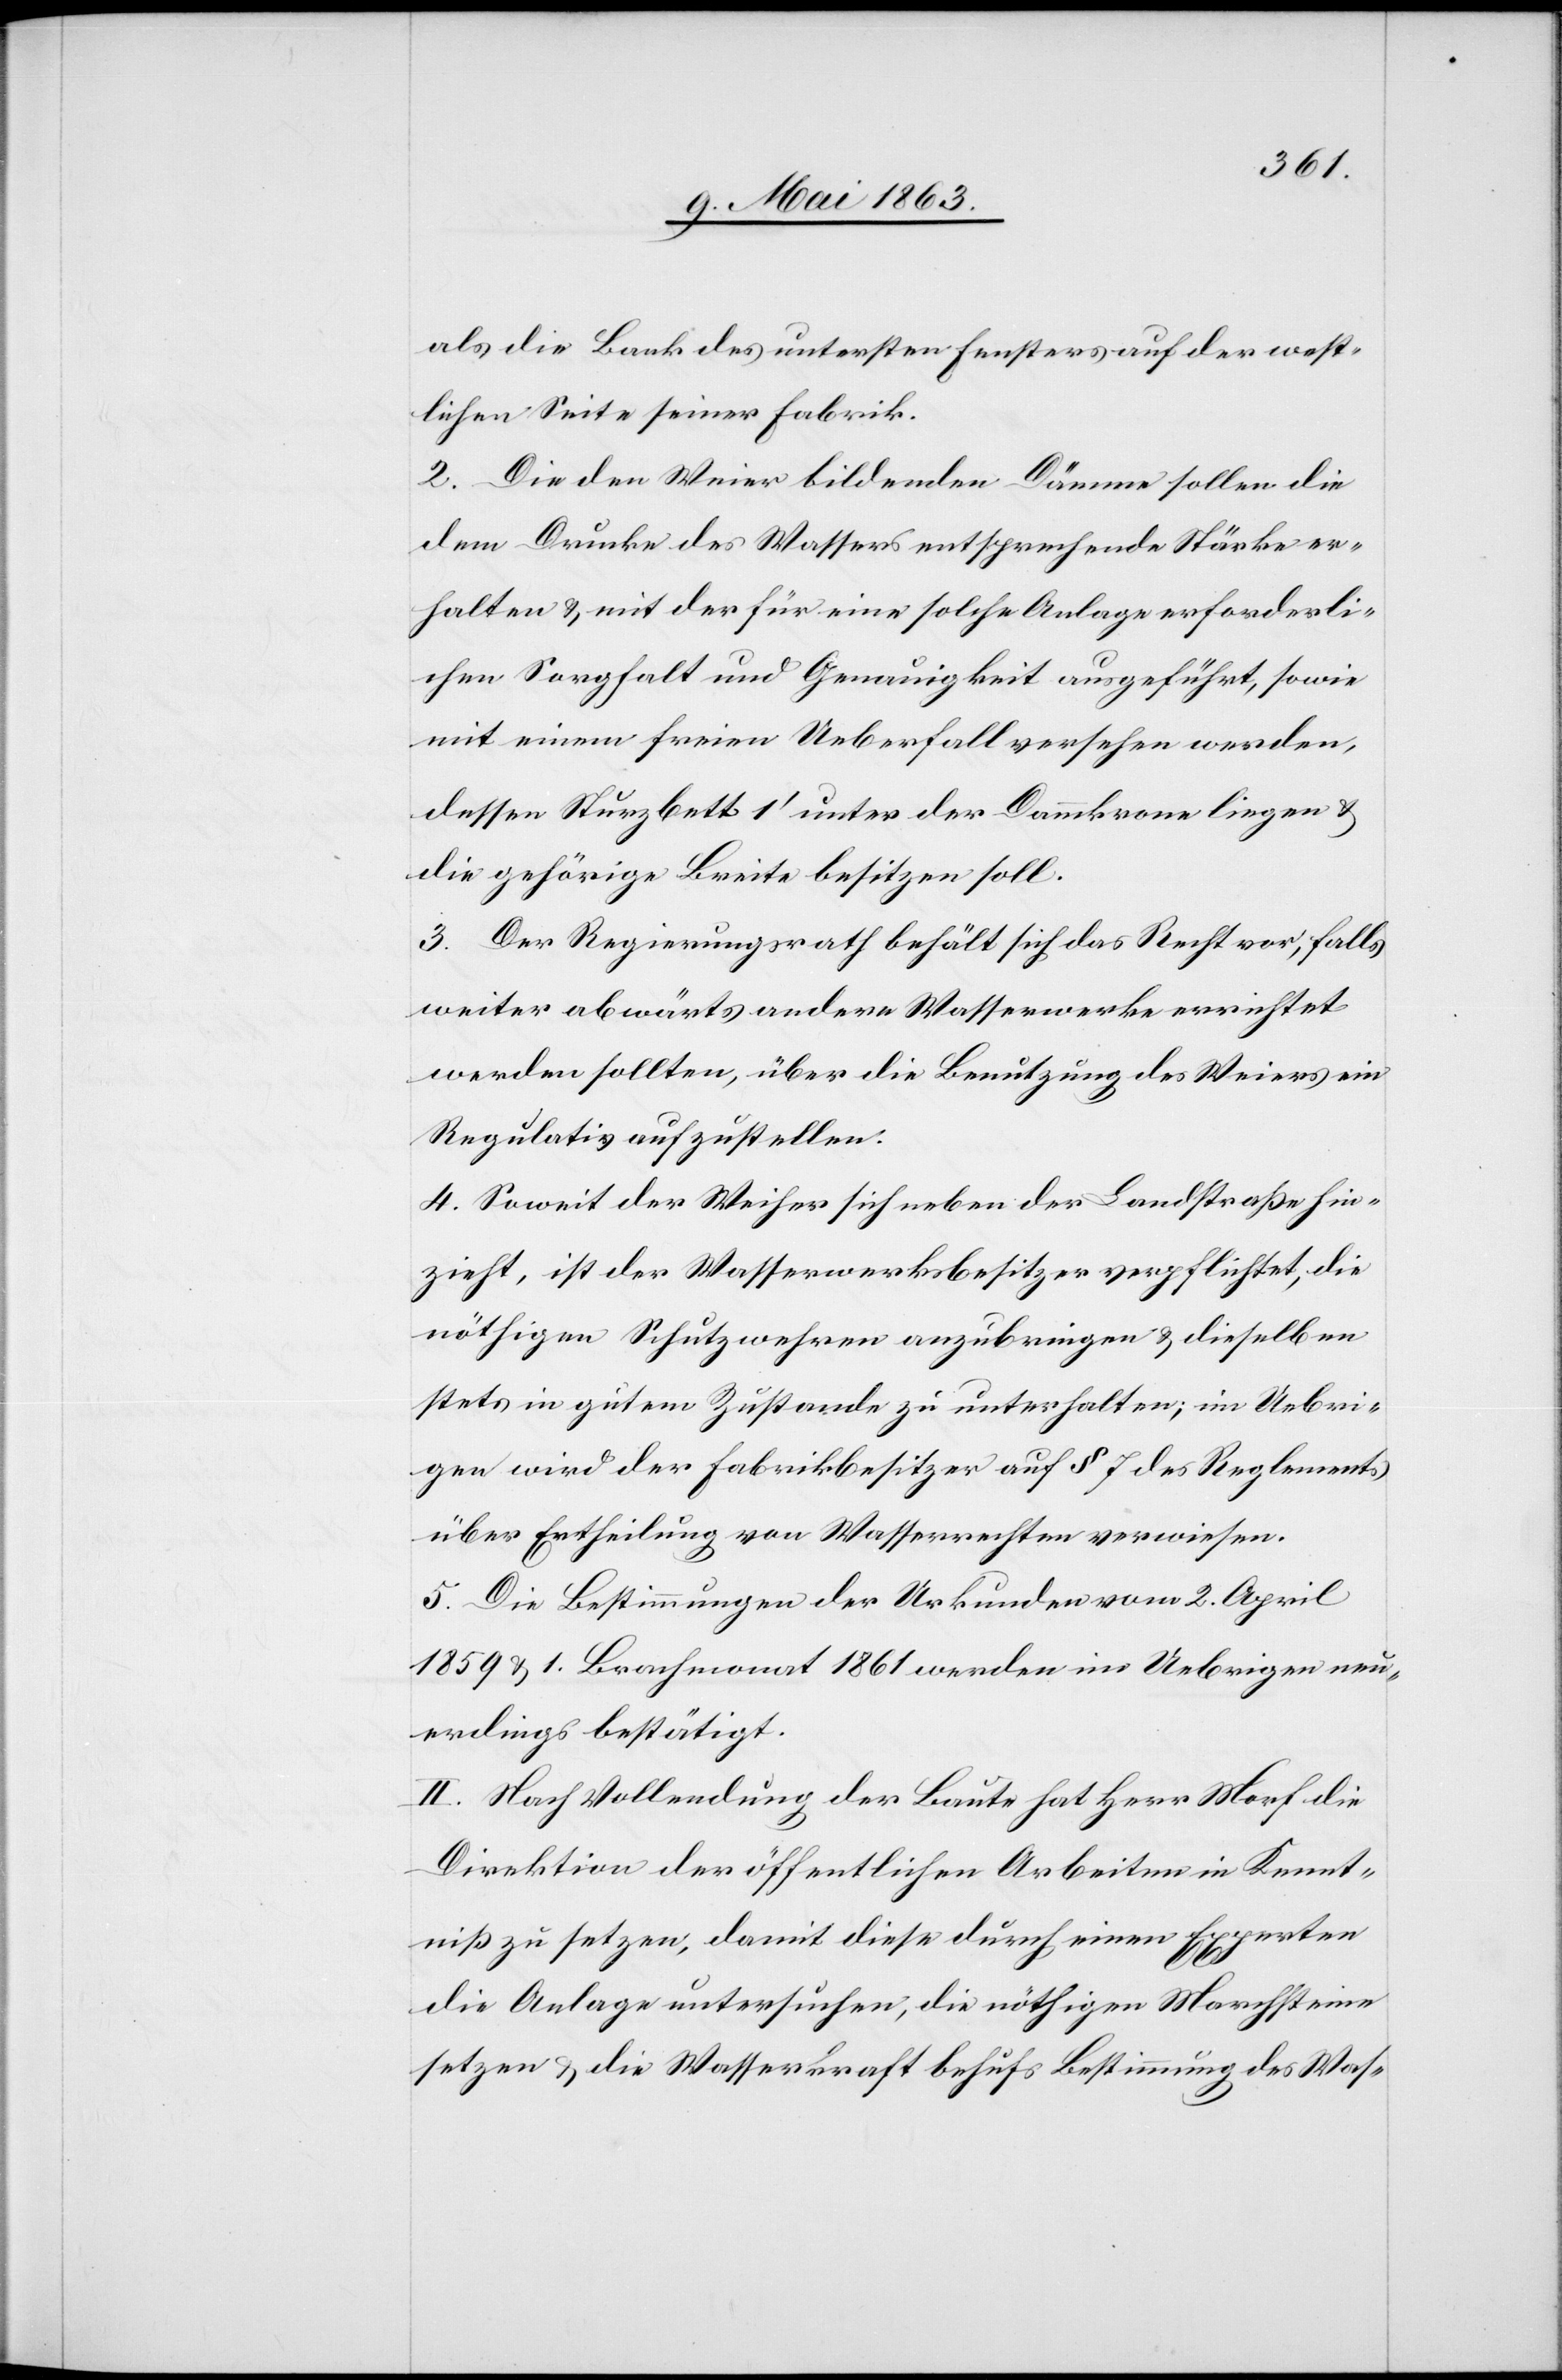
als die Bank des untersten Fensters auf der west¬
lichen Seite seiner Fabrik.
2. Die den Weier bildenden Dämme sollen die
dem Drucke des Wassers entsprechende Stärke er¬
halten & mit der für eine solche Anlage erforderli¬
chen Sorgfalt und Genauigkeit ausgeführt, sowie
mit einem freien Ueberfall versehen werden,
dessen Sturzbett 1' unter der Dammkrone liegen &
die gehörige Breite besitzen soll.
3. Der Regierungsrath behält sich das Recht vor, falls
weiter abwärts andere Wasserwerke errichtet
werden sollten, über die Benutzung des Weiers ein
Regulativ aufzustellen.
4. Soweit der Weiher sich neben der Landstraße hin¬
zieht, ist der Wasserwerksbesitzer verpflichtet, die
nöthigen Schutzwehren anzubringen & dieselben
stets in gutem Zustande zu unterhalten; im Uebri¬
gen wird der Fabrikbesitzer auf § 7 des Reglements
über Ertheilung von Wasserrechten verwiesen.
5. Die Bestimmungen der Urkunden vom 2. April
1859 & 1. Brachmonat 1861 werden im Uebrigen neu¬
erdings bestätigt.
II. Nach Vollendung der Baute hat Herr Morf die
Direktion der öffentlichen Arbeiten in Kennt¬
niß zu setzen, damit diese durch einen Experten
die Anlage untersuchen, die nöthigen Marchsteine
setzen & die Wasserkraft behufs Bestimmung des Was-